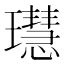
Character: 𤪳